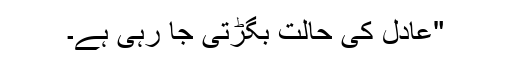
"عادل کی حالت بگڑتی جا رہی ہے۔